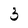
Character: 3